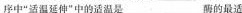
序中”适温延伸”中的适温是___酶的最适